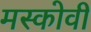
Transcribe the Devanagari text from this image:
मस्कोवी